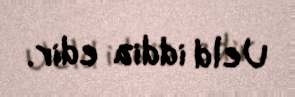
Ueld iddia edir.